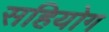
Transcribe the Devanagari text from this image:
सहियोग